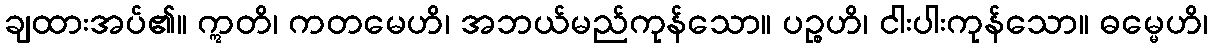
ချထားအပ်၏။ ဣတိ၊ ကတမေဟိ၊ အဘယ်မည်ကုန်သော။ ပဉ္စဟိ၊ ငါးပါးကုန်သော။ ဓမ္မေဟိ၊